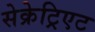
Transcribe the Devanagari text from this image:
सेक्रेट्रिएट